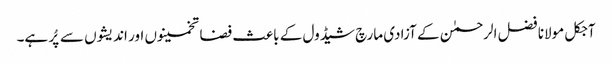
آجکل مولانا فضل الرحمٰن کے آزادی مارچ شیڈول کے باعث فضا تخمینوں اور اندیشوں سے پُر ہے۔